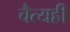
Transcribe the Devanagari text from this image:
चैत्यही